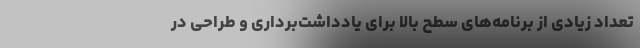
تعداد زیادی از برنامه‌های سطح بالا برای یادداشت‌برداری و طراحی در